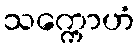
သက္ကောဟံ